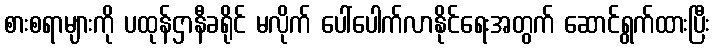
စားစရာများကို ပထုန်ဌာနီခရိုင် မလိုက် ပေါ်ပေါက်လာနိုင်ရေးအတွက် ဆောင်ရွက်ထားပြီး